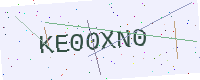
Text: KE00XN0